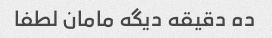
ده دقیقه دیگه مامان لطفا